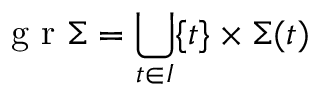
\mathrm { ~ g ~ r ~ } \Sigma = \bigcup _ { t \in I } \{ t \} \times \Sigma ( t )